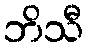
ဘိသီ